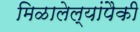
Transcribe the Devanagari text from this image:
मिळालेल्यांपैकी